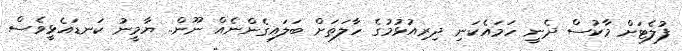
ފުލެޓަށް މާކުސް ދެނީ ހަމައެކަނި ދިރިއުޅުމުގެ ހާލަތަށް ބަލައިގެންނެއް ނޫން.. ޔާމީނު ކަނޑައެޅީވެސް